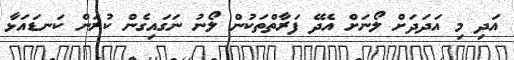
އަދި މި އަދަދަށް ލޯނަށް އެދޭ ފަރާތްތަކުން ލޯނު ނަގައިގެން ކުރަން ކަނޑައަޅާ